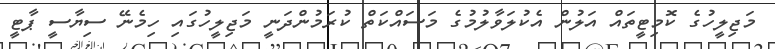
މަޖިލީހުގެ ކޮމިޓީތައް އަލުން އެކުލަވާލުމުގެ މަސައްކަތް ކުރަމުންދަނީ މަޖިލީހުގައި ހިމެނޭ ސިޔާސީ ޕާޓީ